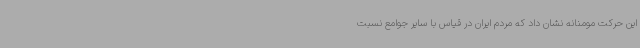
این حرکت مومنانه نشان داد که مردم ایران در قیاس با سایر جوامع نسبت